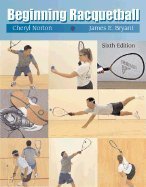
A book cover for Beginning Racquetball 6TH EDITION; Sports & Outdoors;